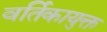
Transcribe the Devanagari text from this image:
वर्तिकायुक्त